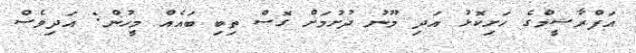
އަފްރާޝީމްގެ ހަށިކޮޅު އަދި މޫނު ދުށުމަށް ގޮސް ތިބި ބައެއް މީހުން: އަދިވެސް